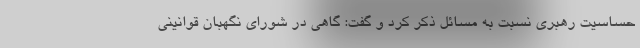
حساسیت رهبری نسبت به مسائل ذکر کرد و گفت: گاهی در شورای نگهبان قوانینی